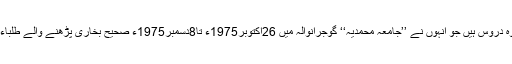
یہ حافظ صاحب کےوہ دروس ہیں جو انہوں نے ’’جامعہ محمدیہ‘‘ گوجرانوالہ میں 26اکتوبر1975ء تا8دسمبر1975ء صحیح بخاری پڑھنے والے طلباء سے ارشاد فرمائے ۔